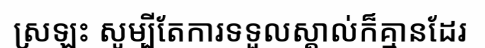
ស្រឡះ សូម្បីតែការទទួលស្គាល់ក៏គ្មានដែរ